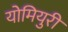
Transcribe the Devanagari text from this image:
योमियुरी